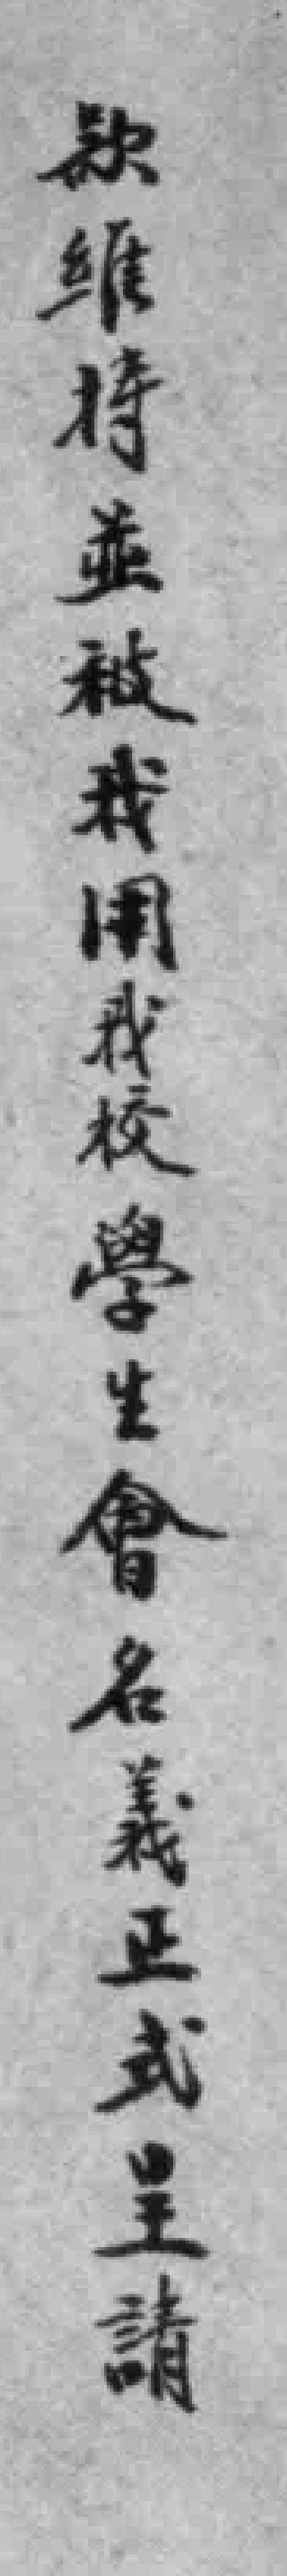
款维特並被我用我校學生會名義正式呈請